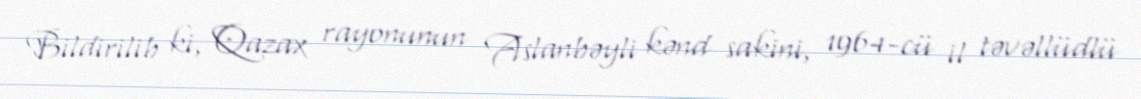
Bildirilib ki, Qazax rayonunun Aslanbəyli kənd sakini, 1964-cü il təvəllüdlü